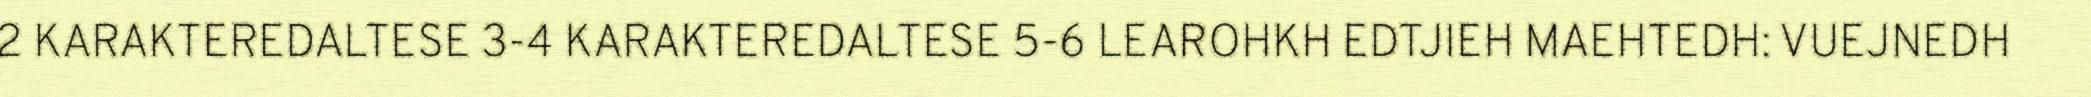
2 KARAKTEREDALTESE 3-4 KARAKTEREDALTESE 5-6 LEAROHKH EDTJIEH MAEHTEDH: VUEJNEDH